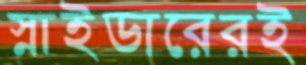
স্নাইডারেরই